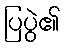
ပြပွဲ၏